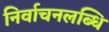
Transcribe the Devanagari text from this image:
निर्वाचनलब्धि